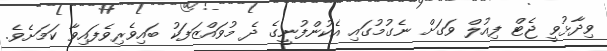
ވިދާޅުވީ ޖެޓް ފިއުލް ވަގަށް ނެގުމުގައި އެކުންފުނީގެ ދެ މުވައްޒަފަކު ބައިވެރިވެފައިވާ ކަަމަށެވެ.